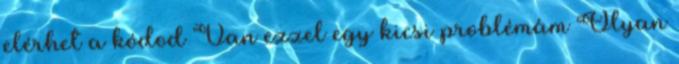
elérhet a kódod Van ezzel egy kicsi problémám Olyan